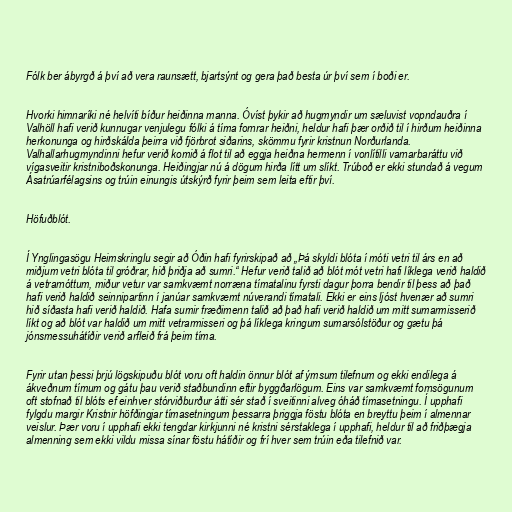
Fólk ber ábyrgð á því að vera raunsætt, bjartsýnt og gera það besta úr því sem í boði er.

Hvorki himnaríki né helvíti bíður heiðinna manna. Óvíst þykir að hugmyndir um sæluvist vopndauðra í
Valhöll hafi verið kunnugar venjulegu fólki á tíma fornrar heiðni, heldur hafi þær orðið til í hirðum heiðinna
herkonunga og hirðskálda þeirra við fjörbrot siðarins, skömmu fyrir kristnun Norðurlanda.
Valhallarhugmyndinni hefur verið komið á flot til að eggja heiðna hermenn í vonlítilli varnarbaráttu við
vígasveitir kristniboðskonunga. Heiðingjar nú á dögum hirða lítt um slíkt. Trúboð er ekki stundað á vegum
Ásatrúarfélagsins og trúin einungis útskýrð fyrir þeim sem leita eftir því.

Höfuðblót.

Í Ynglingasögu Heimskringlu segir að Óðin hafi fyrirskipað að „Þá skyldi blóta í móti vetri til árs en að
miðjum vetri blóta til gróðrar, hið þriðja að sumri.“ Hefur verið talið að blót mót vetri hafi líklega verið haldið
á vetrarnóttum, miður vetur var samkvæmt norræna tímatalinu fyrsti dagur þorra bendir til þess að það
hafi verið haldið seinnipartinn í janúar samkvæmt núverandi tímatali. Ekki er eins ljóst hvenær að sumri
hið síðasta hafi verið haldið. Hafa sumir fræðimenn talið að það hafi verið haldið um mitt sumarmisserið
líkt og að blót var haldið um mitt vetrarmisseri og þá líklega kringum sumarsólstöður og gætu þá
jónsmessuhátíðir verið arfleið frá þeim tíma.

Fyrir utan þessi þrjú lögskipuðu blót voru oft haldin önnur blót af ýmsum tilefnum og ekki endilega á
ákveðnum tímum og gátu þau verið staðbundinn eftir byggðarlögum. Eins var samkvæmt fornsögunum
oft stofnað til blóts ef einhver stórviðburður átti sér stað í sveitinni alveg óháð tímasetningu. Í upphafi
fylgdu margir Kristnir höfðingjar tímasetningum þessarra þriggja föstu blóta en breyttu þeim í almennar
veislur. Þær voru í upphafi ekki tengdar kirkjunni né kristni sérstaklega í upphafi, heldur til að friðþægja
almenning sem ekki vildu missa sínar föstu hátíðir og frí hver sem trúin eða tilefnið var.